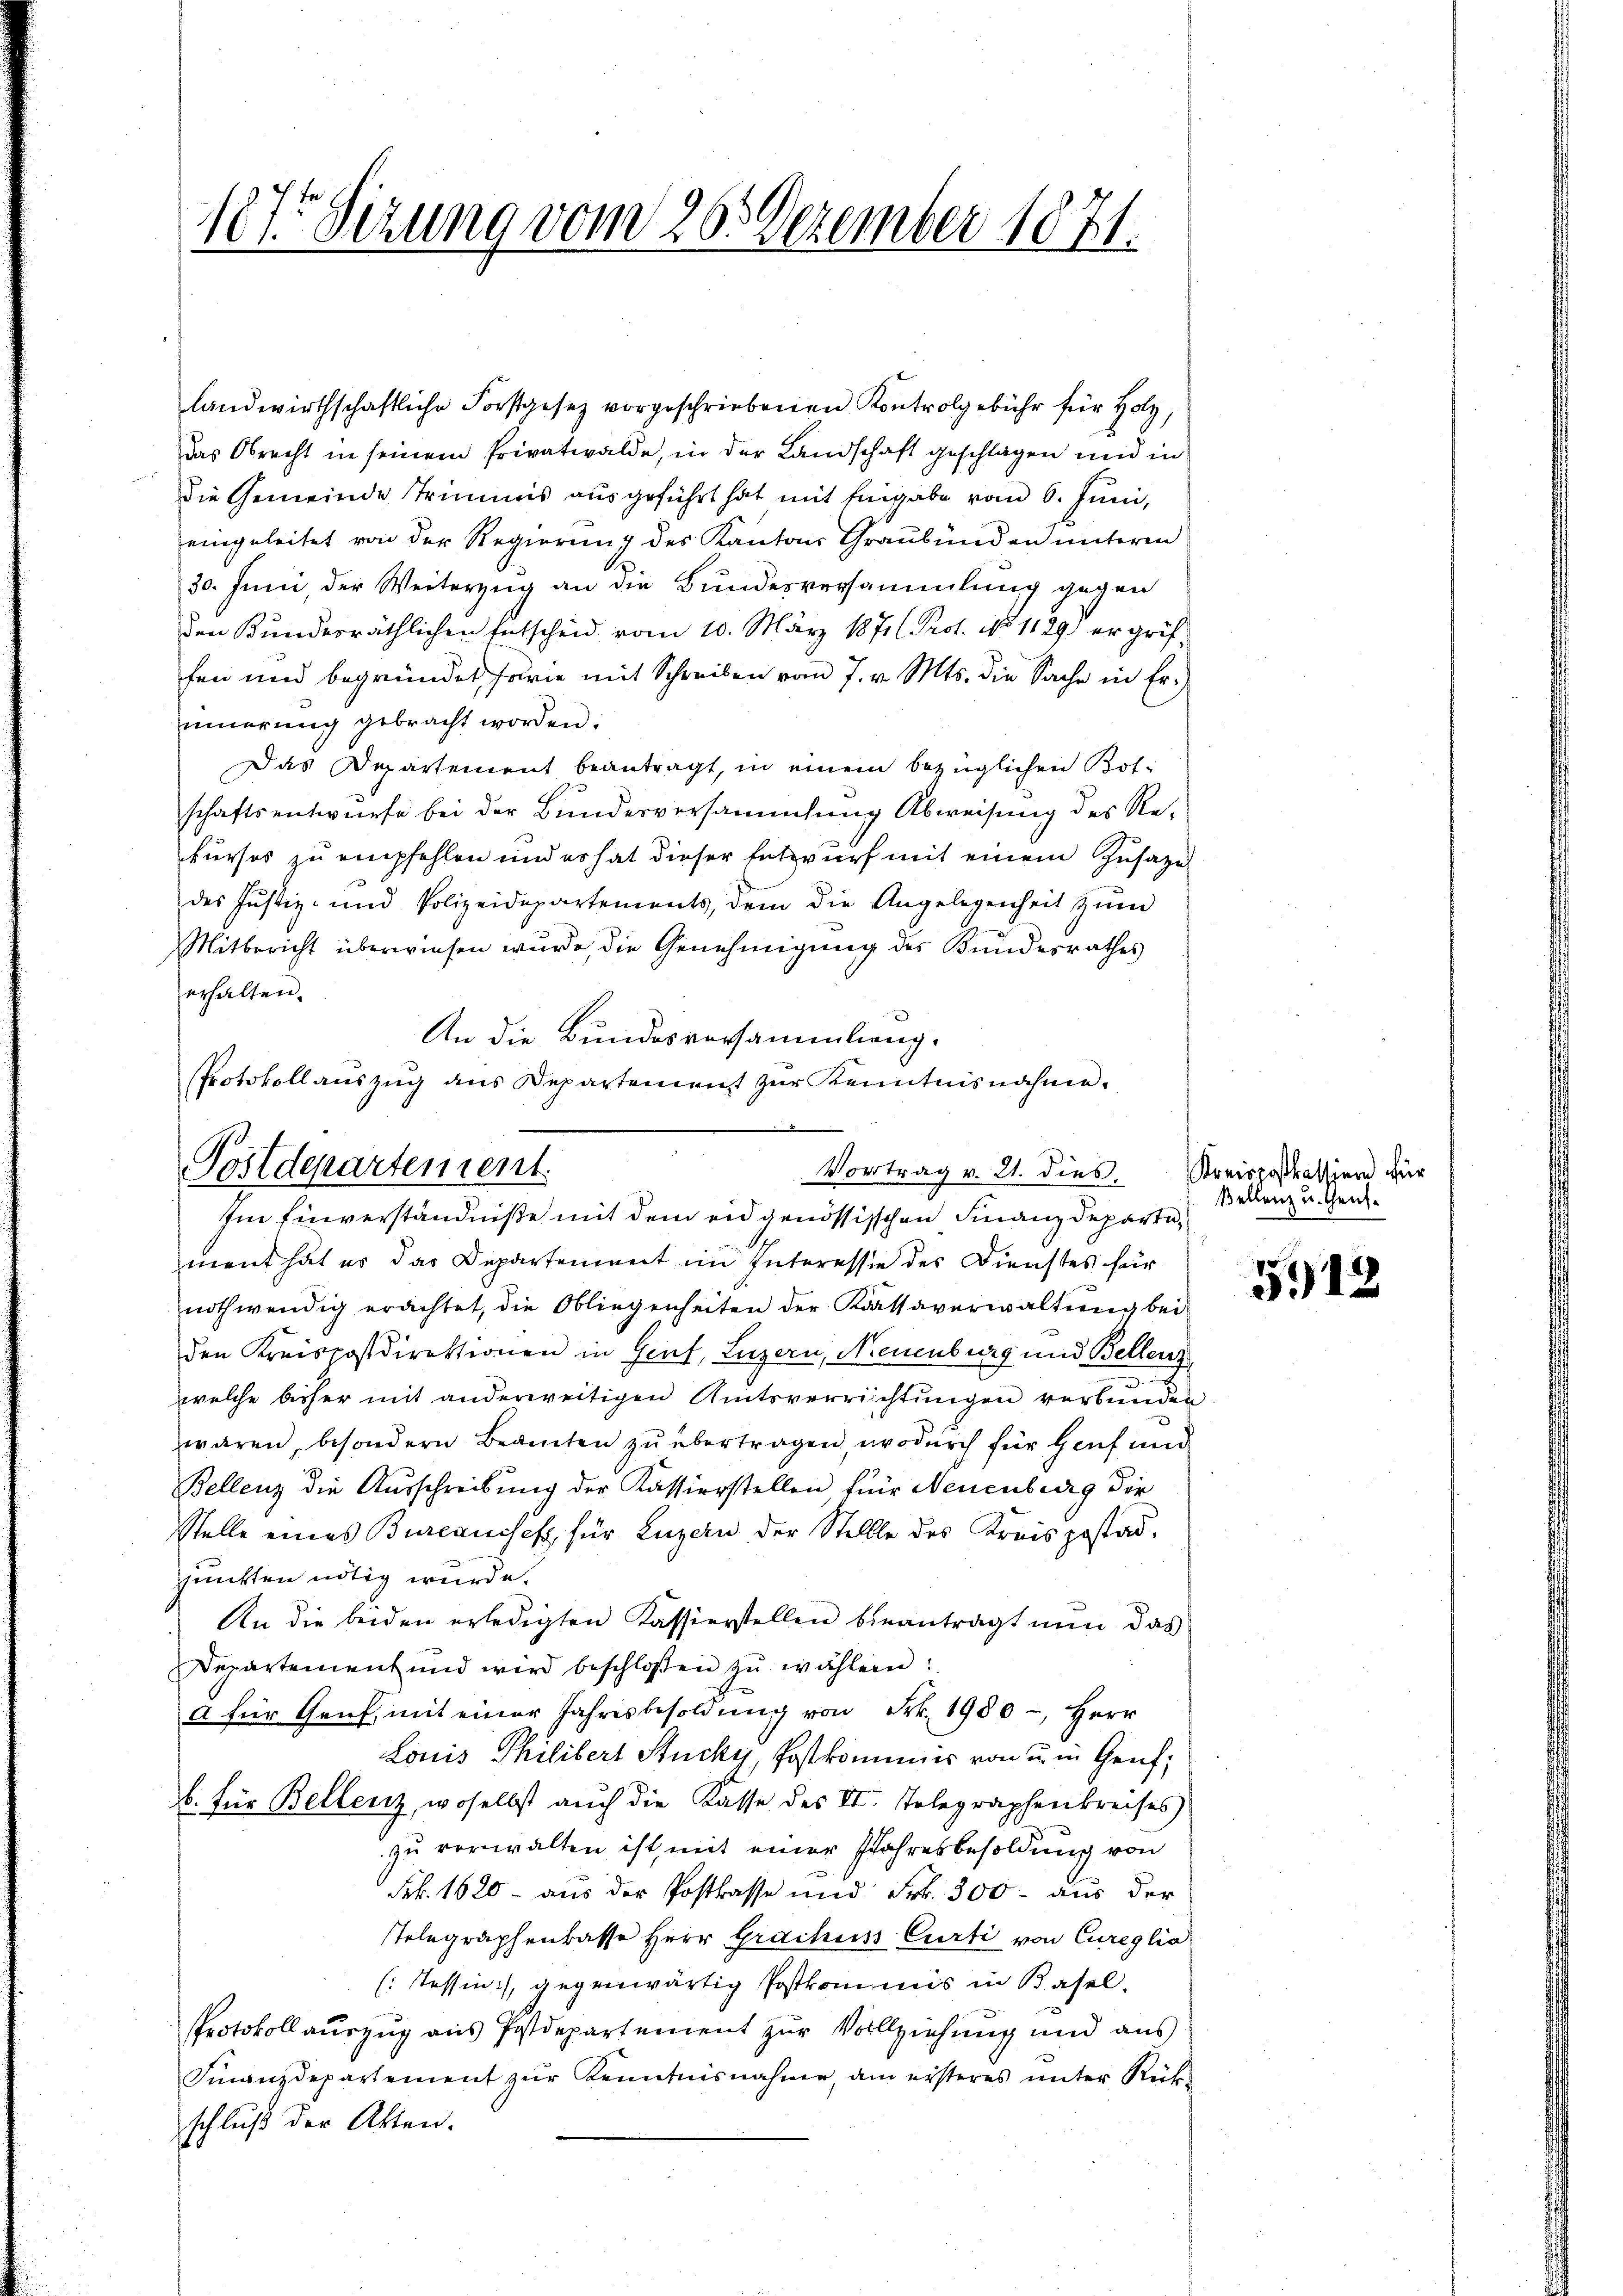
1875 Sitzung vom 20. Dezember 1871.

landwirthschaftliche Forstgesetz vorgeschriebenen Kontrolgebühr für Holz,
das Obrecht in seinem Privatwalde, in der Landschaft geschlagen und in
die Gemeinde Trimmis ausgeführt hat mit Eingabe vom 6. Juni,
eingeleitet von der Regierung des Kantons Graubünden unteren
30. Juni der Weiterzug an die Bundesversammlung gegen
den Kundesräthlichen Entscheid vom 10. März 1871 (Prot. No 1129) ergriffen und begründet haie mit Schreiben vom 7. v. Mts. die Sache in Er-
innerung gebracht worden.
Das Departement beantragt, in einem bezüglichen Botschaftsentwurfe bei der Bundesversammlung Abweisung des Rekurses zu empfehlen und es hat dieser Entwurf mit einem Zusage
des Justiz- und Polizeidepartements, dem die Angelegenheit zŭm
Mitbericht überwiesen wurde, die Genehmigung des Kundesrathes
erhalten.
Im Einverständniße mit dem eidgenössischen Finanzdepartement hat er das Departenweit im Interessie des Dienstes für
nothwendig erachtet, die Obliegenheiten der Kassaverwaltung bei
den Kreispostdirektionen in Genf, Luzern, Neuenburg und Bellenz
n
welche bisher mit anderweitigen Amtsverrichtungen verbunden
wären, besondern Beamten zu übertragen, wodurch für Hanf und
Bellenz die Ausschreibung der Kassierstellen für Neuenburg die
Stelle eines Bureaussetz für Luzern der Stellte des Kreis postadpunkten nötig wurde.
An die beiden erledigten Kassierstellen beantragt nun das
Departement und wird beschlossen zŭ wählern.
a für Genf, mit einer Jahresbesoldŭng von Frk. 1980 -, Herr
Louis Philibert Stucky, Postkommis von u. in Genf,
b. für Bellenz, woselbst auch die Kasse des II. Telegraphenkreises
zu verwalten ist, mit einer Jahresbesoldung von
Frk. 1620 - aus der Postkasse und Frk. 300 - aus der
sTelegraphenlasse Herr Grachuss Curti von Cureglia
(Tessin, gegenwärtig Postkommnis in Basel.
Protokoll auszug aus Postdepartement zur Vollziehung und aus
Finanzdepartement zŭr Kenntnisnahme, am ersteres ŭnter Rück-
schluß der Akten.

An die Bundesversammlung.
Protokollauszug aus Departement zur Kenntnisnahme.

Postdepartement.
Vortrag v. 21. dies

Kreispostkassion für
Bellenz u. Reich.

5912